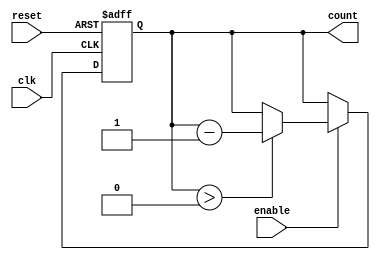
module binary_down_counter (
    input wire clk,          // Clock signal
    input wire reset,        // Asynchronous reset signal
    input wire enable,       // Enable signal for counting
    output reg [N-1:0] count // Output count value
);
    parameter N = 3; // Number of bits for the counter (change as needed)

    // Asynchronous reset and counting logic
    always @(posedge clk or posedge reset) begin
        if (reset) begin
            count <= (1 << N) - 1; // Reset to maximum value (2^N - 1)
        end else if (enable) begin
            if (count > 0) begin
                count <= count - 1; // Decrement count
            end
        end
    end
endmodule